Indian journal of veterinary science and animal husbandry - Volume 11,
Year: 1941
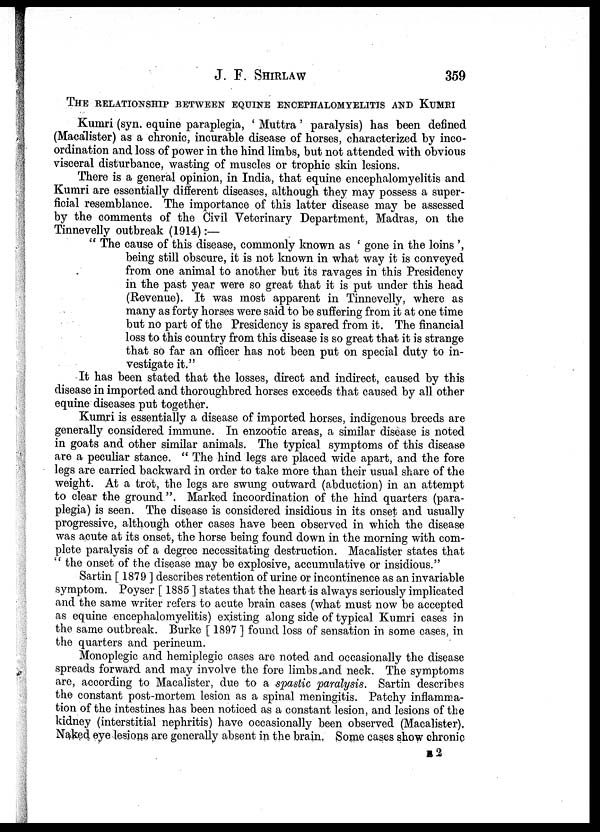
J. F. SHIRLAW
359
THE RELATIONSHIP BETWEEN EQUINE ENCEPHALOMYELITIS AND KUMRI
Kumri (syn. equine paraplegia, ' Muttra' paralysis) has been defined
(Macalister) as a chronic, incurable disease of horses, characterized by inco-
ordination and loss of power in the hind limbs, but not attended with obvious
visceral disturbance, wasting of muscles or trophic skin lesions.
There is a general opinion, in India, that equine encephalomyelitis and
Kumri are essentially different diseases, although they may possess a super-
ficial resemblance. The importance of this latter disease may be assessed
by the comments of the Civil Veterinary Department, Madras, on the
Tinnevelly outbreak (1914):—
" The cause of this disease, commonly known as ' gone in the loins ',
being still obscure, it is not known in what way it is conveyed
from one animal to another but its ravages in this Presidency
in the past year were so great that it is put under this head
(Revenue). It was most apparent in Tinnevelly, where as
many as forty horses were said to be suffering from it at one time
but no part of the Presidency is spared from it. The financial
loss to this country from this disease is so great that it is strange
that so far an officer has not been put on special duty to in-
vestigate it."
It has been stated that the losses, direct and indirect, caused by this
disease in imported and thoroughbred horses exceeds that caused by all other
equine diseases put together.
Kumri is essentially a disease of imported horses, indigenous breeds are
generally considered immune. In enzootic areas, a similar disease is noted
in goats and other similar animals. The typical symptoms of this disease
are a peculiar stance. " The hind legs are placed wide apart, and the fore
legs are carried backward in order to take more than their usual share of the
weight. At a trot, the legs are swung outward (abduction) in an attempt
to clear the ground ". Marked incoordination of the hind quarters (para-
plegia) is seen. The disease is considered insidious in its onset and usually
progressive, although other cases have been observed in which the disease
was acute at its onset, the horse being found down in the morning with com-
plete paralysis of a degree necessitating destruction. Macalister states that
" the onset of the disease may be explosive, accumulative or insidious."
Sartin [ 1879 ] describes retention of urine or incontinence as an invariable
symptom. Poyser [ 1885 ] states that the heart is always seriously implicated
and the same writer refers to acute brain cases (what must now be accepted
as equine encephalomyelitis) existing along side of typical Kumri cases in
the same outbreak. Burke [ 1897 ] found loss of sensation in some cases, in
the quarters and perineum.
Monoplegic and hemiplegic cases are noted and occasionally the disease
spreads forward and may involve the fore limbs and neck. The symptoms
are, according to Macalister, due to a spastic paralysis. Sartin describes
the constant post-mortem lesion as a spinal meningitis. Patchy inflamma-
tion of the intestines has been noticed as a constant lesion, and lesions of the
kidney (interstitial nephritis) have occasionally been observed (Macalister).
Naked eye lesions are generally absent in the brain. Some cases show chronic
E2